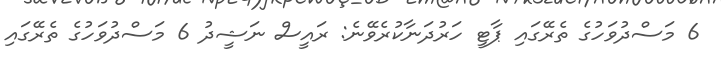
6 މަސްދުވަހުގެ ތެރޭގައި ޕާޓީ ހަރުދަނާކުރެވޭނެ: ރައީސް ނަޝީދު 6 މަސްދުވަހުގެ ތެރޭގައި